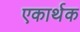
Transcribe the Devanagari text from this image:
एकार्थक